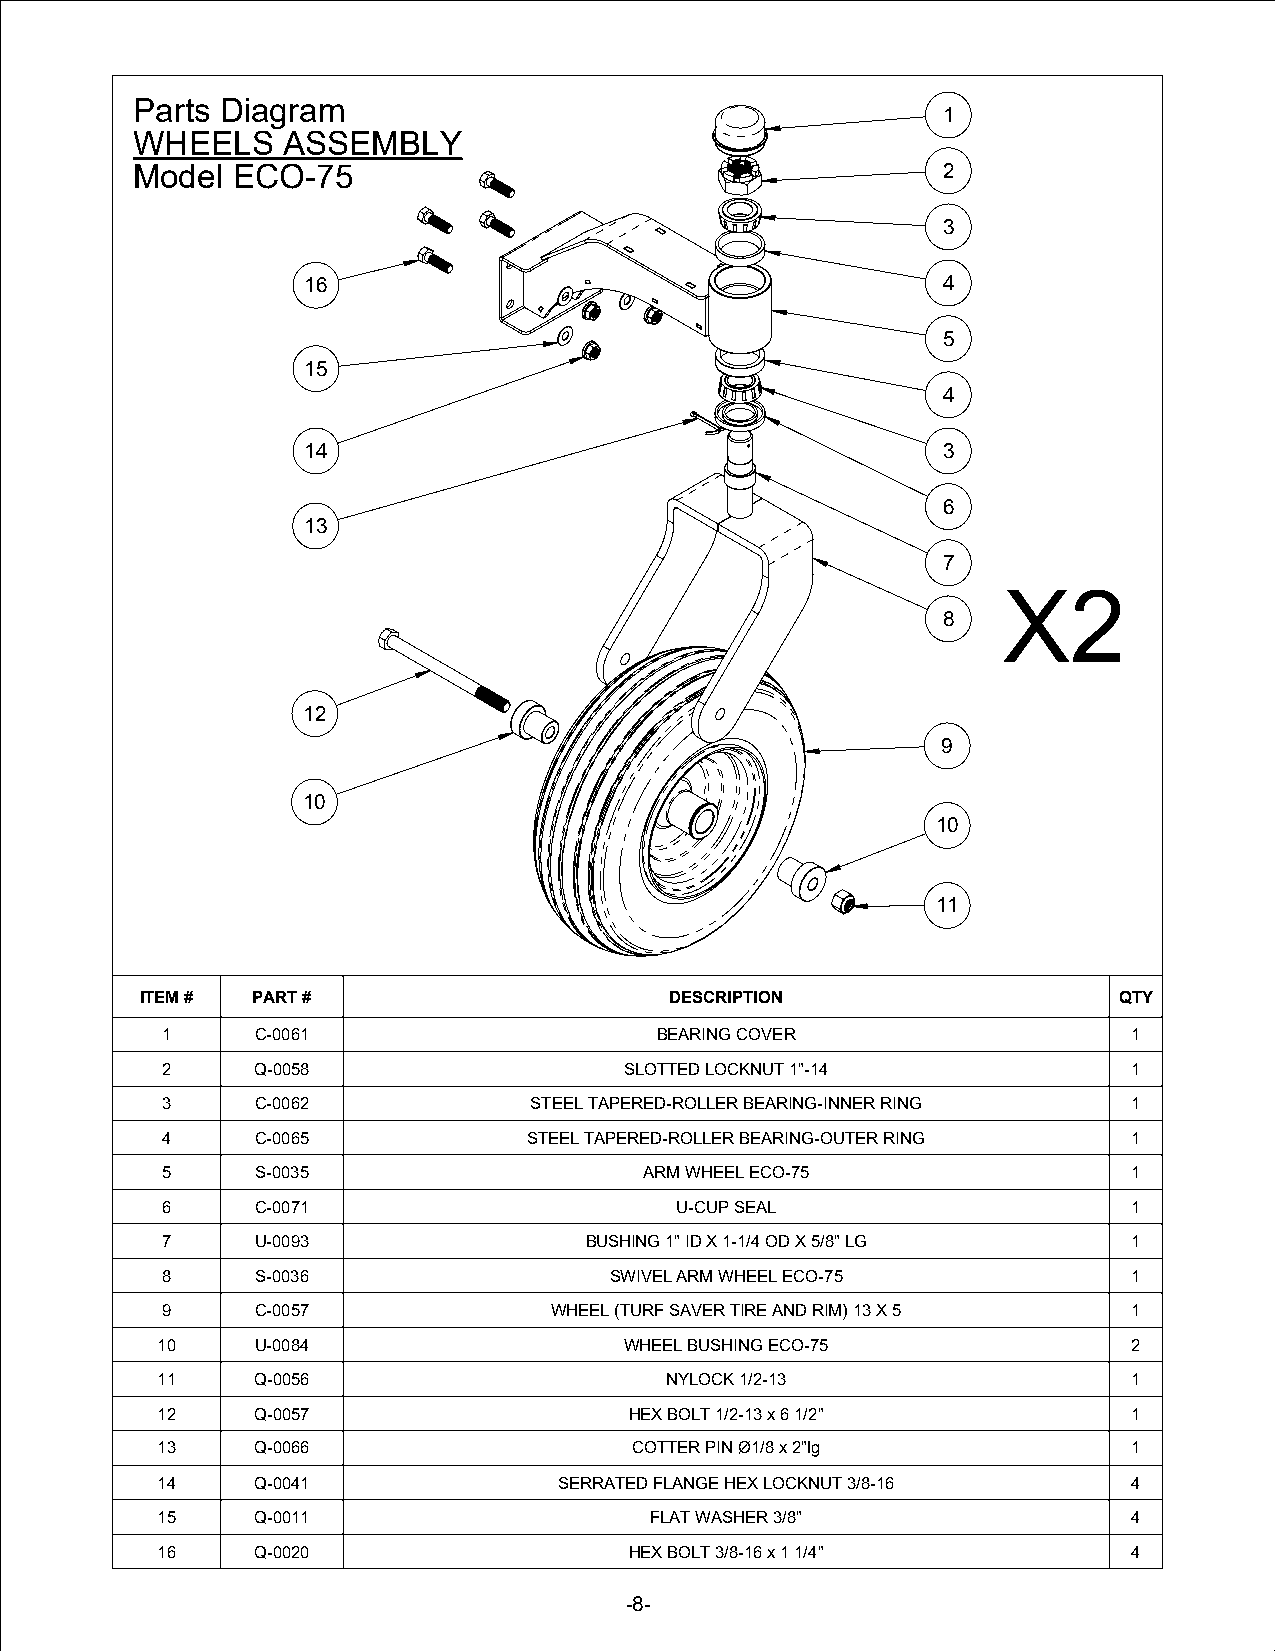
Parts Diagram
 1
 WHEELS    ASSEMBLY
 Model ECO-75                                         2
 3
 16                                        4
 5
 15
 4
 14                                        3
 6
 13
 7
 X2
 8
 12
 9
 10
 10
 11
 ITEM #  PART #                     DESCRIPTION                   QTY
 1     C-0061                    BEARING COVER                   1
 2     Q-0058                  SLOTTED LOCKNUT 1"-14             1
 3     C-0062            STEEL TAPERED-ROLLER BEARING-INNER RING 1
 4     C-0065            STEEL TAPERED-ROLLER BEARING-OUTER RING 1
 5     S-0035                    ARM WHEEL ECO-75                1
 6     C-0071                      U-CUP SEAL                    1
 7     U-0093                BUSHING 1" ID X 1-1/4 OD X 5/8" LG  1
 8     S-0036                 SWIVEL ARM WHEEL ECO-75            1
 9     C-0057             WHEEL (TURF SAVER TIRE AND RIM) 13 X 5 1
 10     U-0084                  WHEEL BUSHING ECO-75              2
 11     Q-0056                     NYLOCK 1/2-13                  1
 12     Q-0057                   HEX BOLT 1/2-13 x 6 1/2"         1
 13     Q-0066                   COTTER PIN Ø1/8 x 2"lg           1
 14     Q-0041              SERRATED FLANGE HEX LOCKNUT 3/8-16    4
 15     Q-0011                    FLAT WASHER 3/8"                4
 16     Q-0020                   HEX BOLT 3/8-16 x 1 1/4"         4
 -8-